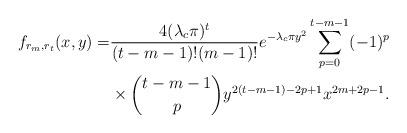
LaTeX: \begin{align*}f_{r_m,r_t}(x,y)=& \frac{ 4(\lambda_c\pi)^{t}}{(t-m-1)!(m-1)!} e^{-\lambda_c \pi y^2} \sum^{t-m-1}_{p=0} (-1)^p \\ &\times {t-m-1\choose p} y^{2(t-m-1)-2p+1} x^{2m+2p-1}.\end{align*}